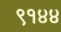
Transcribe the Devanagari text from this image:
९१४४